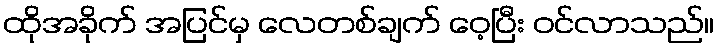
ထိုအခိုက် အပြင်မှ လေတစ်ချက် ဝေ့ပြီး ဝင်လာသည်။